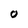
Character: O